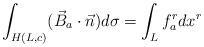
LaTeX: \begin{align*}\int_{H(L, c)} (\vec{B}_{a} \cdot \vec{n}) d \sigma =\int_{L} f_{a}^{r} d x^{r} \end{align*}